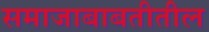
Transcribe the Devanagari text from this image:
समाजाबाबतीतील